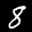
Label: 8